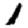
Digit: 1